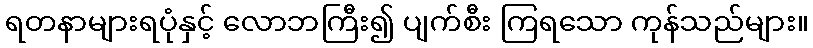
ရတနာများရပုံနှင့် လောဘကြီး၍ ပျက်စီး ကြရသော ကုန်သည်များ။